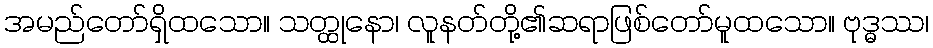
အမည်တော်ရှိထသော။ သတ္ထုနော၊ လူနတ်တို့၏ဆရာဖြစ်တော်မူထသော။ ဗုဒ္ဓဿ၊